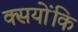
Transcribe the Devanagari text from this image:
क्सयोंकि